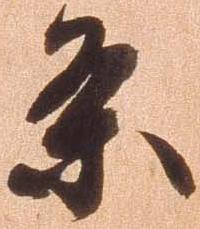
条